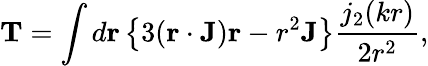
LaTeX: \mathbf{T}=\int d\mathbf{r}\left\lbrace 3(\mathbf{r}\cdot\mathbf{J})\mathbf{r}-r^{2}\mathbf{J}\right\rbrace\frac{j_{2}(kr)}{2r^{2}},